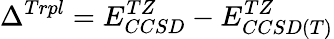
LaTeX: \Delta^{Trpl}=E_{CCSD}^{TZ}-E_{CCSD(T)}^{TZ}